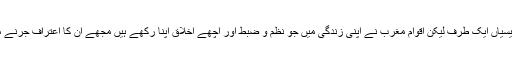
مغربی حکومتوں کی پالیسیاں ایک طرف لیکن اقوام مغرب نے اپنی زندگی میں جو نظم و ضبط اور اچھے اخلاق اپنا رکھے ہیں مجھے اُن کا اعتراف جرنے میں کوئی امر مانع نہیں۔